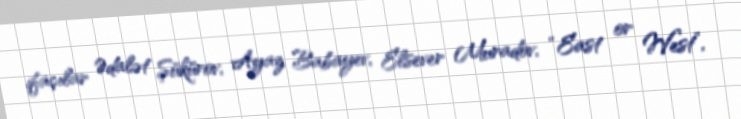
ifaçılar Ədalət Şükürov, Ayaz Babayev, Elsever Muradov, “East or West”,